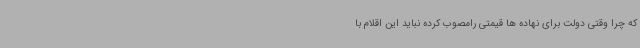
که چرا وقتی دولت برای نهاده ها قیمتی رامصوب کرده نباید این اقلام با